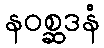
နဝစ္ဆဒနံ